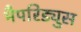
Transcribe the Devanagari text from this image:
मैपरिड्युस